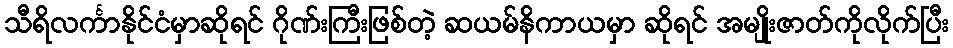
သီရိလင်္ကာနိုင်ငံမှာဆိုရင် ဂိုဏ်းကြီးဖြစ်တဲ့ ဆယမ်နိကာယမှာ ဆိုရင် အမျိုးဇာတ်ကိုလိုက်ပြီး